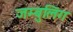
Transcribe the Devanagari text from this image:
जम्बुलिंग